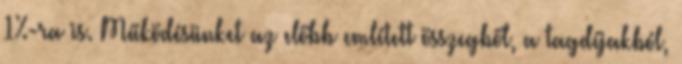
1%-ra is. Működésünket az előbb említett összegből, a tagdíjakból,